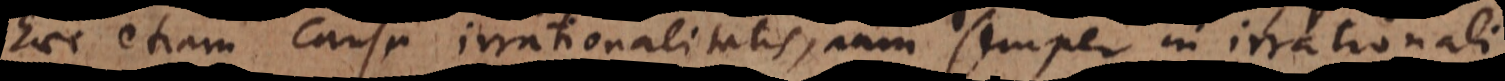
haec etiam causa irrationalitatis, nam semper in irrationali